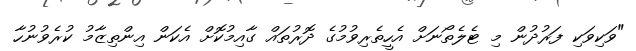
"ވަކިވަކި ފަރުދުން މި ޓެލެތޯނަށް އެހީތެރިވުމުގެ ދޮރުތައް ގާއިމުކޮށް އެކަން އިންތިޒާމު ކުރެވުނުހާ